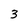
Character: 3